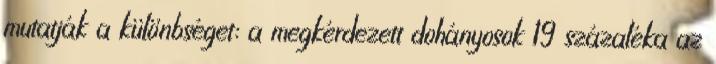
mutatják a különbséget: a megkérdezett dohányosok 19 százaléka az